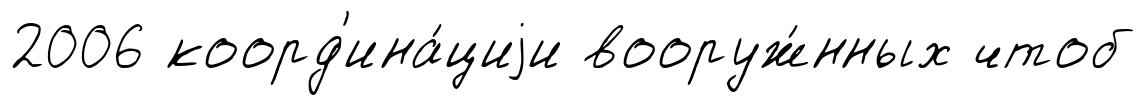
2006 коорд'ина́циjи вооруж́нных чтоб